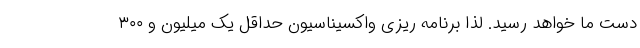
دست ما خواهد رسید. لذا برنامه ریزی واکسیناسیون حداقل یک میلیون و ۳۰۰